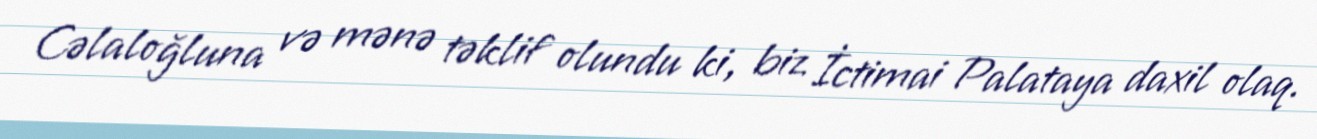
Cəlaloğluna və mənə təklif olundu ki, biz İctimai Palataya daxil olaq.